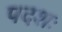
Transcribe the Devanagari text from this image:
पदशः